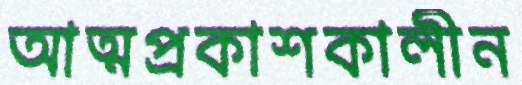
আত্মপ্রকাশকালীন